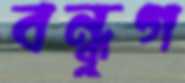
বন্ধুগ